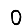
Digit: 0